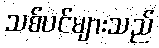
သစ်ပင်များသည်